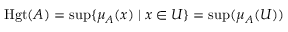
\operatorname { H g t } ( A ) = \operatorname* { s u p } \{ \mu _ { A } ( x ) \mid x \in { U } \} = \operatorname* { s u p } ( \mu _ { A } ( U ) )